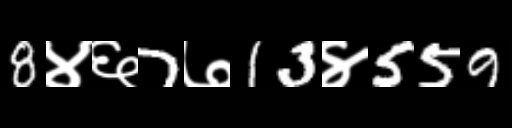
Text: 8४६7७13४559